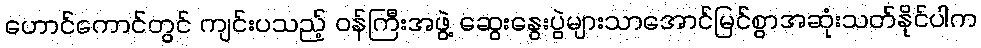
ဟောင်ကောင်တွင် ကျင်းပသည့် ဝန်ကြီးအဖွဲ့ ဆွေးနွေးပွဲများသာအောင်မြင်စွာအဆုံးသတ်နိုင်ပါက